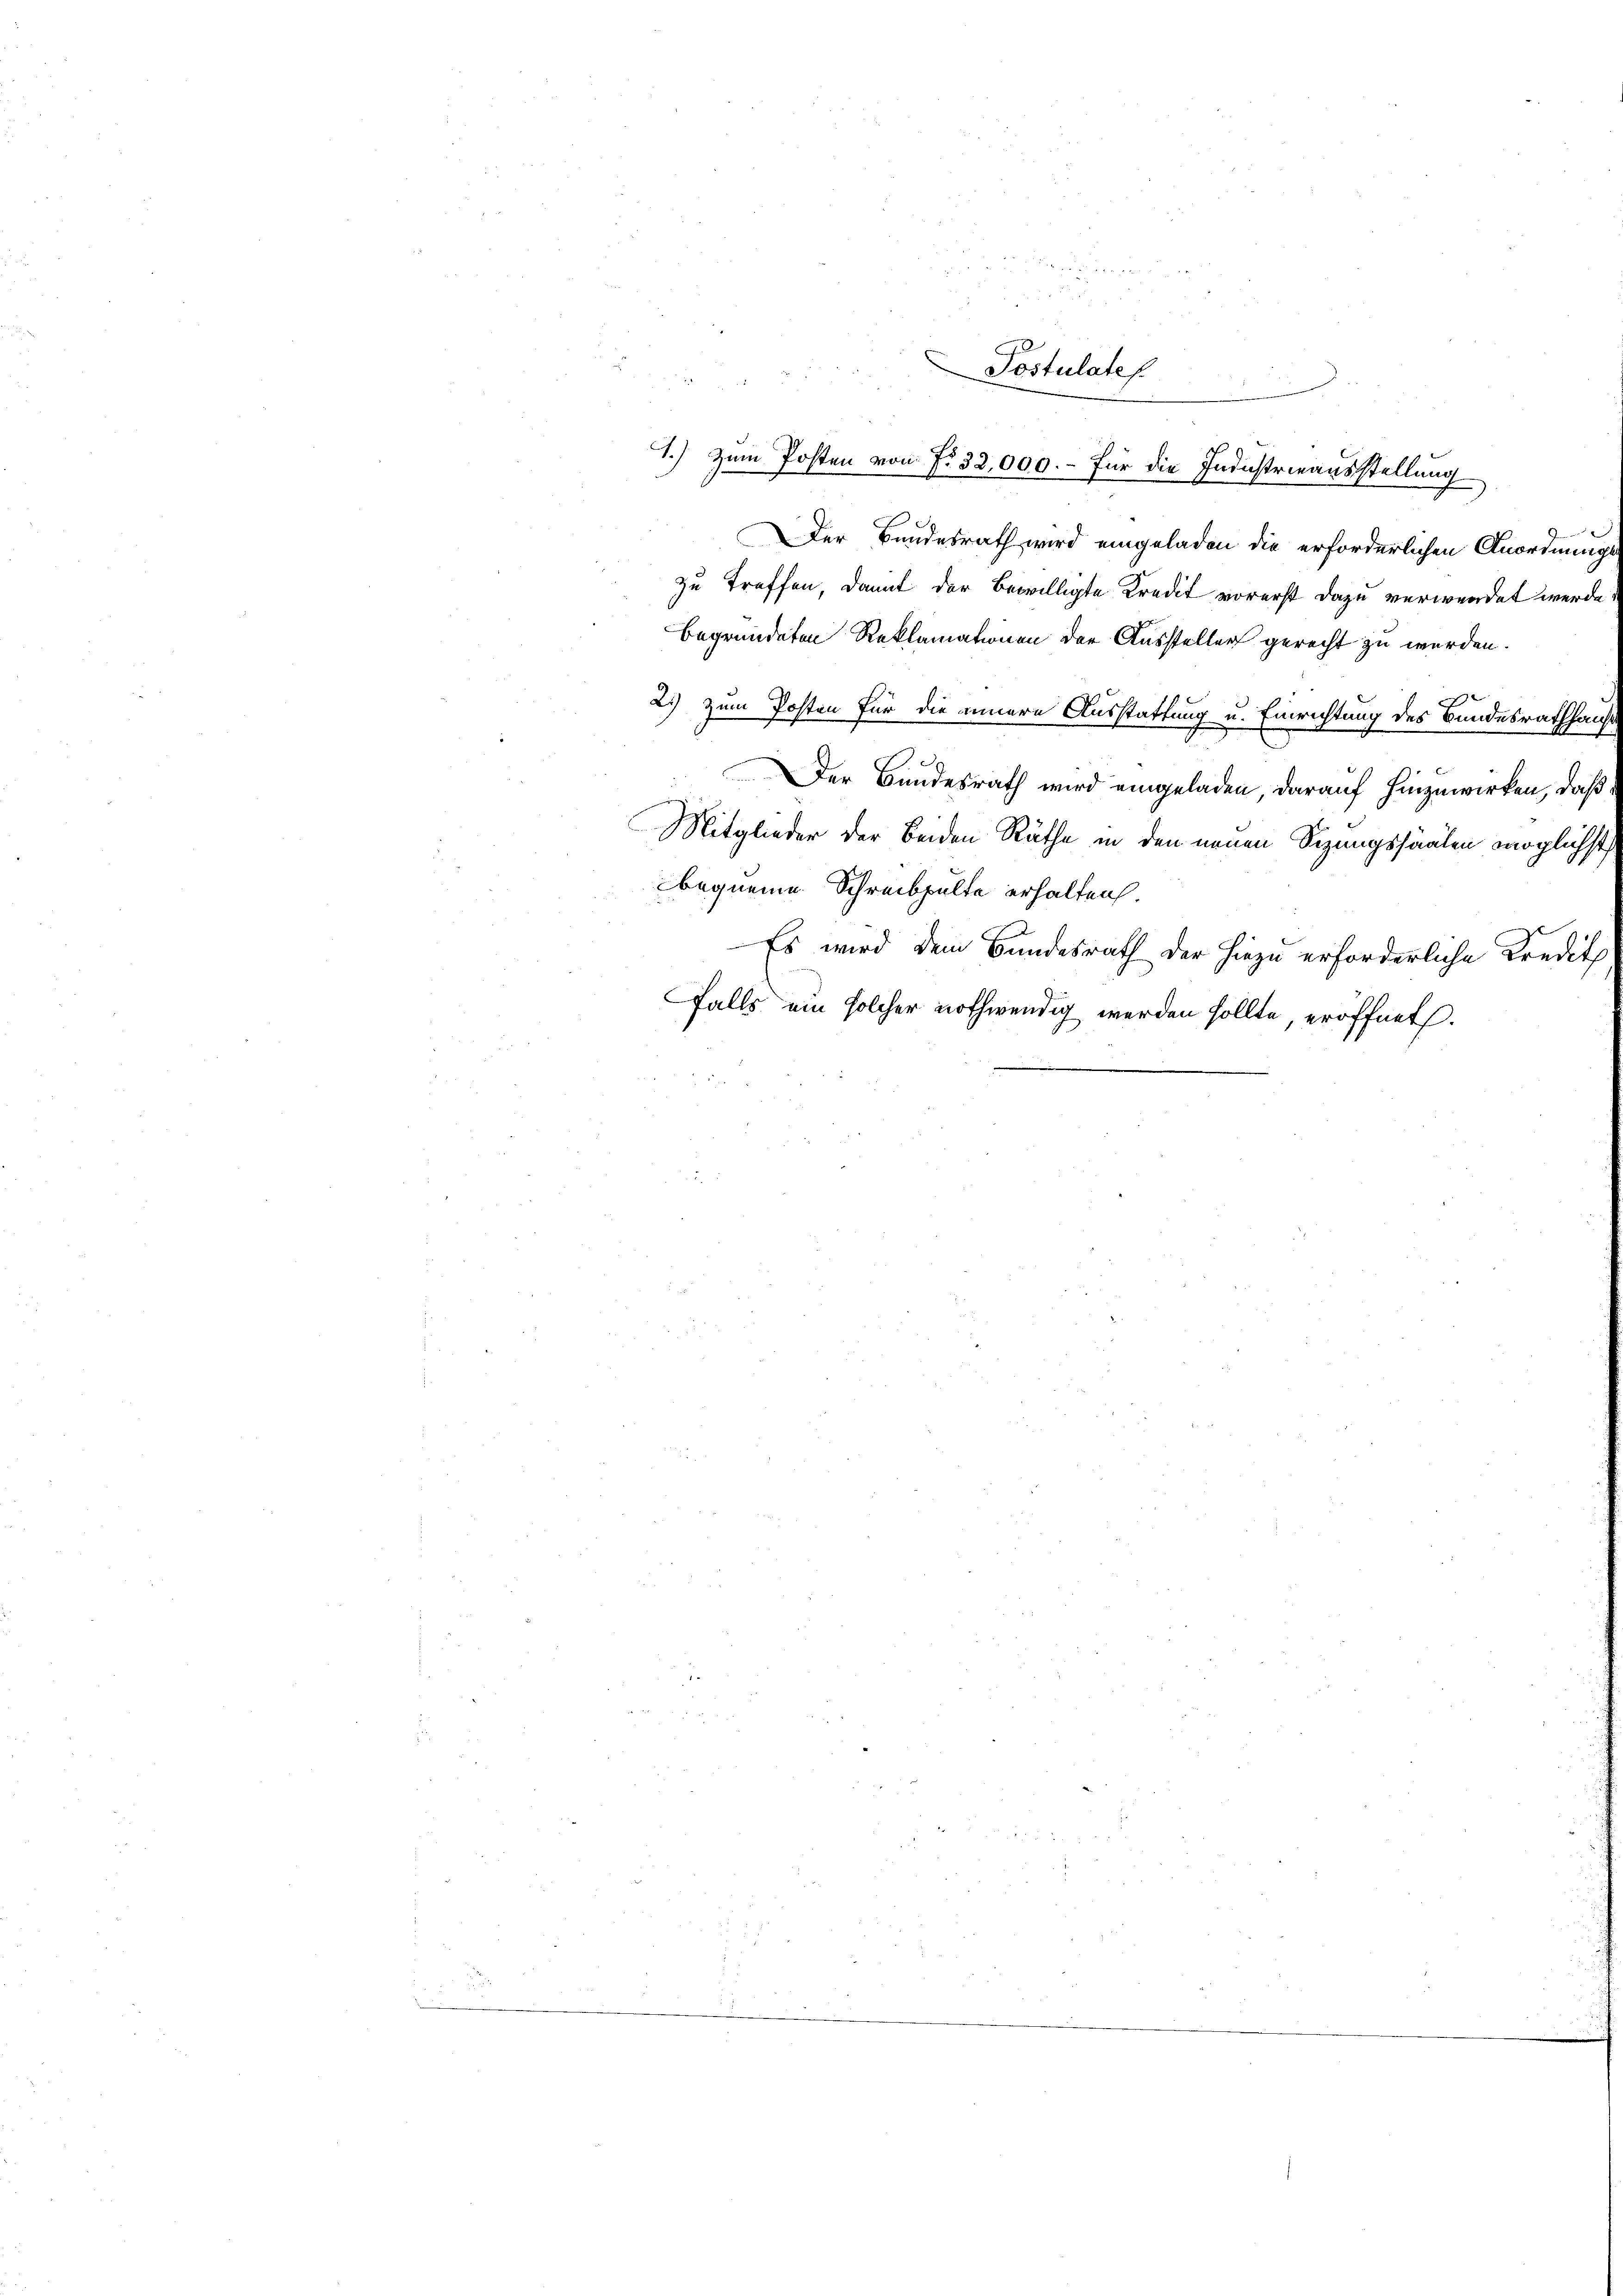
Postulates.
1.) Zum Posten von No. 32,000.- Für die Industrieausstellung

Der Bundesrath wird eingeladen die erforderlichen Anordnung
zu treffen, damit der Bewilligte Kredit vorerst dazu verwendet werde.
begründeten Reklamationen der Aussteller gerecht zu werden.

2.) Zum Posten für die innere Ausstattung u. Einrichtung des Bundesrathhaus
e
Der Bundesrath wird eingeladen, darauf hinzuwirken, daß
1
Mitglieder der Beiden Räthe in den neuen Sizungssäälen möglichst
bequeme Schreibpulte erhalten.
Es wird dem Bundesrath der hiezu erforderliche Kredit
falls ein solcher nothwendig werden sollte, eröffnet.